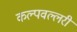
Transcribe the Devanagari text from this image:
कल्पवल्लरी